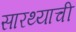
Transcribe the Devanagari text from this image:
सारथ्याची